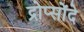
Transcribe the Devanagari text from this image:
द्रोप्सोंदे